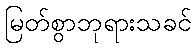
မြတ်စွာဘုရားသခင်